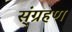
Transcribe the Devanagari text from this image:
स्ंग्रहण